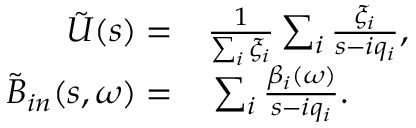
\begin{array} { r l } { \tilde { U } ( s ) = } & { { } \frac { 1 } { \sum _ { i } \xi _ { i } } \sum _ { i } \frac { \xi _ { i } } { s - i q _ { i } } , } \\ { \tilde { B } _ { i n } ( s , \omega ) = } & { { } \sum _ { i } \frac { \beta _ { i } ( \omega ) } { s - i q _ { i } } . } \end{array}